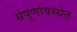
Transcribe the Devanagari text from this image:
संपूर्णावस्थेत